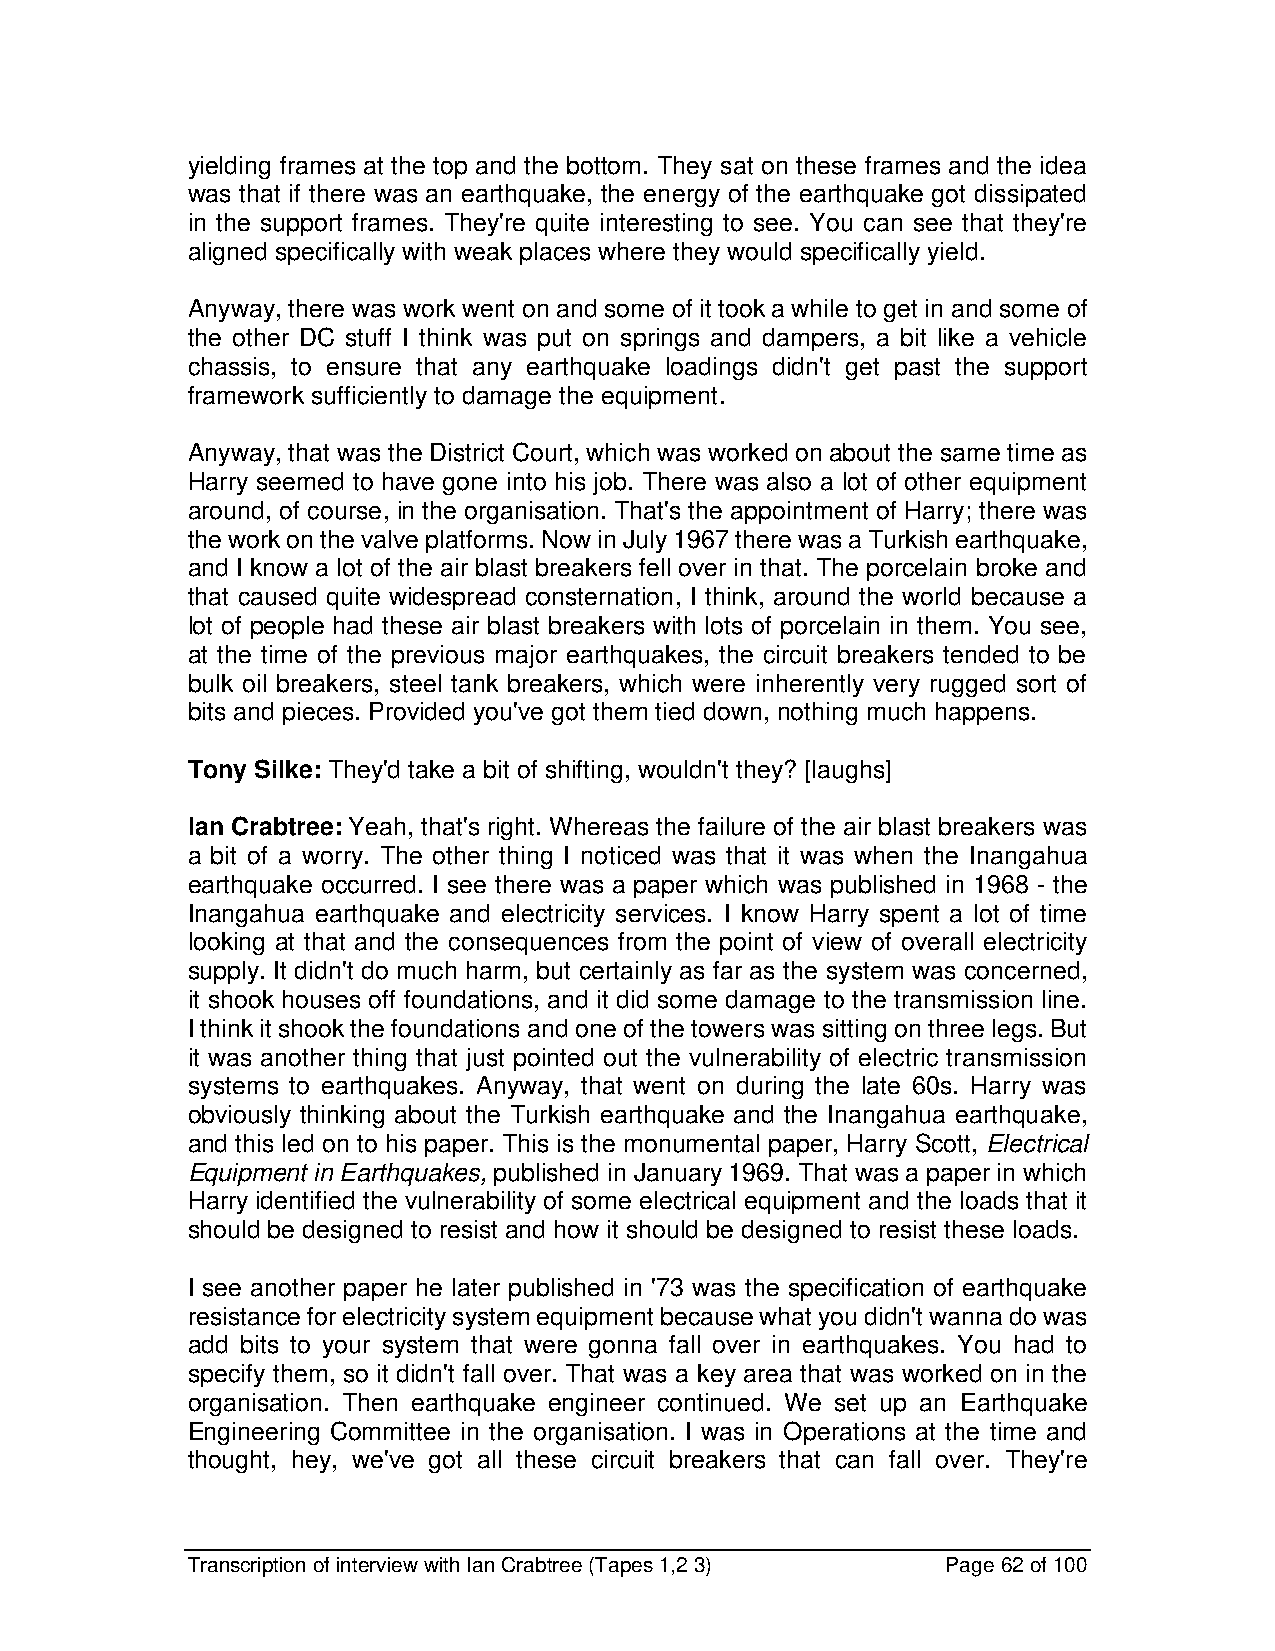
yielding frames at the top and the bottom. They sat on these frames and the idea
 was that if there was an earthquake, the energy of the earthquake got dissipated
 in the support frames. They're quite interesting to see. You can see that they're
 aligned specifically with weak places where they would specifically yield.
 Anyway, there was work went on and some of it took a while to get in and some of
 the other DC stuff I think was put on springs and dampers, a bit like a vehicle
 chassis, to ensure that any earthquake loadings didn't get past the support
 framework sufficiently to damage the equipment.
 Anyway, that was the District Court, which was worked on about the same time as
 Harry seemed to have gone into his job. There was also a lot of other equipment
 around, of course, in the organisation. That's the appointment of Harry; there was
 the work on the valve platforms. Now in July 1967 there was a Turkish earthquake,
 and I know a lot of the air blast breakers fell over in that. The porcelain broke and
 that caused quite widespread consternation, I think, around the world because a
 lot of people had these air blast breakers with lots of porcelain in them. You see,
 at the time of the previous major earthquakes, the circuit breakers tended to be
 bulk oil breakers, steel tank breakers, which were inherently very rugged sort of
 bits and pieces. Provided you've got them tied down, nothing much happens.
 Tony Silke: They'd take a bit of shifting, wouldn't they? [laughs]
 Ian Crabtree: Yeah, that's right. Whereas the failure of the air blast breakers was
 a bit of a worry. The other thing I noticed was that it was when the Inangahua
 earthquake occurred. I see there was a paper which was published in 1968 - the
 Inangahua earthquake and electricity services. I know Harry spent a lot of time
 looking at that and the consequences from the point of view of overall electricity
 supply. It didn't do much harm, but certainly as far as the system was concerned,
 it shook houses off foundations, and it did some damage to the transmission line.
 I think it shook the foundations and one of the towers was sitting on three legs. But
 it was another thing that just pointed out the vulnerability of electric transmission
 systems to earthquakes. Anyway, that went on during the late 60s. Harry was
 obviously thinking about the Turkish earthquake and the Inangahua earthquake,
 and this led on to his paper. This is the monumental paper, Harry Scott, Electrical
 Equipment in Earthquakes, published in January 1969. That was a paper in which
 Harry identified the vulnerability of some electrical equipment and the loads that it
 should be designed to resist and how it should be designed to resist these loads.
 I see another paper he later published in '73 was the specification of earthquake
 resistance for electricity system equipment because what you didn't wanna do was
 add bits to your system that were gonna fall over in earthquakes. You had to
 specify them, so it didn't fall over. That was a key area that was worked on in the
 organisation. Then earthquake engineer continued. We set up an Earthquake
 Engineering Committee in the organisation. I was in Operations at the time and
 thought, hey, we've got all these circuit breakers that can fall over. They're
 Transcription of interview with Ian Crabtree (Tapes 1,2 3) Page 62 of 100